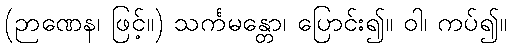
(ဉာဏေန၊ ဖြင့်။) သင်္ကမန္တော၊ ပြောင်း၍။ ဝါ၊ ကပ်၍။